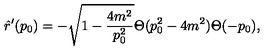
\hat { r } ^ { \prime } ( p _ { 0 } ) = - \sqrt { 1 - \frac { 4 m ^ { 2 } } { p _ { 0 } ^ { 2 } } } \Theta ( p _ { 0 } ^ { 2 } - 4 m ^ { 2 } ) \Theta ( - p _ { 0 } ) ,